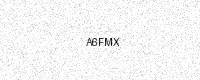
Text: A6FMX